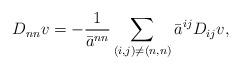
LaTeX: \begin{align*}D_{nn} v = -\frac{1}{\bar a^{nn}} \sum_{(i,j)\neq (n,n)}\bar a^{ij} D_{ij}v,\end{align*}